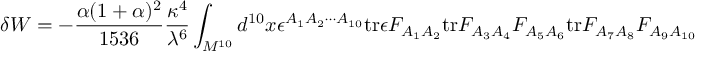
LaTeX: \delta W = - { \frac { \alpha ( 1 + \alpha ) ^ { 2 } } { 1 5 3 6 } } { \frac { \kappa ^ { 4 } } { \lambda ^ { 6 } } } \int _ { M ^ { 1 0 } } d ^ { 1 0 } x \epsilon ^ { A _ { 1 } A _ { 2 } \cdots A _ { 1 0 } } \mathrm { t r } \epsilon F _ { A _ { 1 } A _ { 2 } } \mathrm { t r } F _ { A _ { 3 } A _ { 4 } } F _ { A _ { 5 } A _ { 6 } } \mathrm { t r } F _ { A _ { 7 } A _ { 8 } } F _ { A _ { 9 } A _ { 1 0 } } .